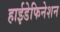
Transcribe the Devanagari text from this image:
हाईडेफिनेशन